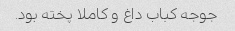
جوجه کباب داغ و کاملا پخته بود.